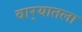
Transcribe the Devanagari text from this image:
वार्‍यातला